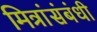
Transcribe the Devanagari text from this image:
मित्रांसंबंधी